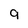
Character: g